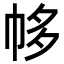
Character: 㡅